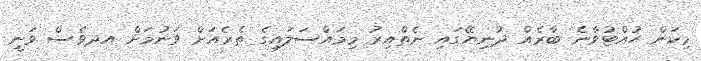
މިކަން ހުއްޓުވާނެ ބާރެއް ދުނިޔޭގައި ނެތްއިރު މިމައްސަލައިގެ ތެރެއަށް ވަނުމަށް އދވެސް ވަނީ